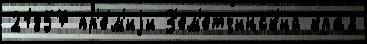
21857 пр'е́м'иjи З'ем'етчинск'ий кра́я